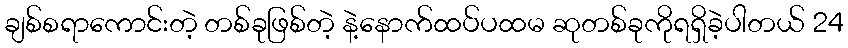
ချစ်စရာကောင်းတဲ့ တစ်ခုဖြစ်တဲ့ နဲ့နောက်ထပ်ပထမ ဆုတစ်ခုကိုရရှိခဲ့ပါတယ် 24